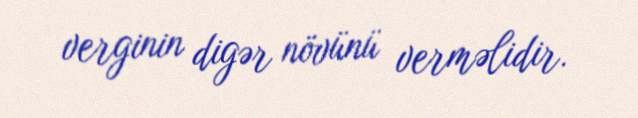
verginin digər növünü verməlidir.